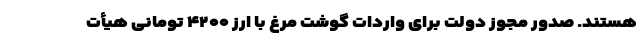
هستند. صدور مجوز دولت برای واردات گوشت مرغ با ارز ۴۲۰۰ تومانی هیأت